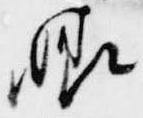
晴